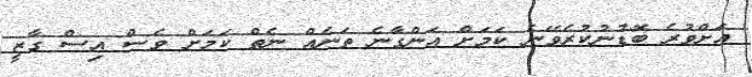
އަށްވުރެ ބޮޑުނުކުރެވޭނެ ކަމަށް އަންގާނެ ތަނެއް ނެތް ކަމަށް ވެސް އިސް ގާޒީ